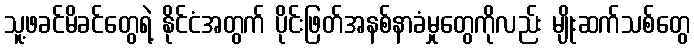
သူ့ဖခင်မိခင်တွေရဲ့ နိုင်ငံအတွက် ပိုင်းဖြတ်အနစ်နာခံမှုတွေကိုလည်း မျိုးဆက်သစ်တွေ